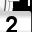
Digit: 2